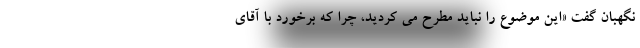
نگهبان گفت «این موضوع را نباید مطرح می کردید، چرا که برخورد با آقای